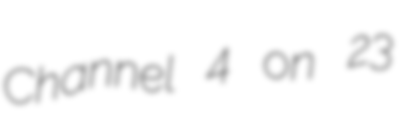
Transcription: Channel 4 on 23